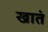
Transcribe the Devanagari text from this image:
खातं